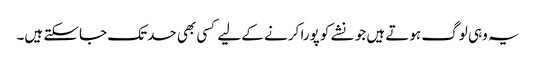
یہ وہی لوگ ہوتے ہیں جو نشے کو پورا کرنے کے لیے کسی بھی حدتک جاسکتے ہیں۔